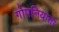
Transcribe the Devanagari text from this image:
गोपनियाता